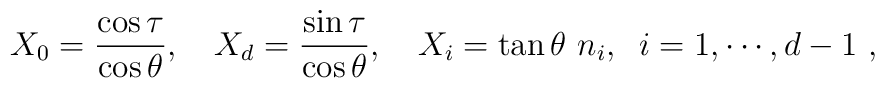
X_0= {\cos \tau\over \cos \theta},\quad  X_d =   {\sin\tau  \over \cos\theta}, \quad X_i = \tan\theta\,\, n_i ,\;\;   i=1,\cdots , d-1\ ,